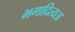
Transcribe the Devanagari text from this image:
भगादित्यअ